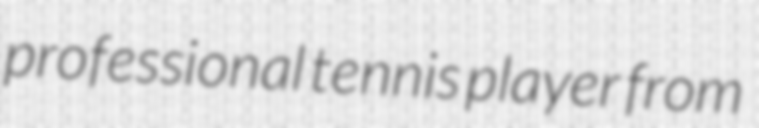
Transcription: professional tennis player from